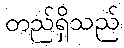
တည်ရှိသည်